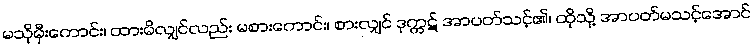
မသိုမှီးကောင်း၊ ထားမိလျှင်လည်း မစားကောင်း၊ စားလျှင် ဒုက္ကဋ် အာပတ်သင့်၏၊ ထိုသို့ အာပတ်မသင့်အောင်